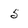
Character: 5